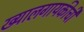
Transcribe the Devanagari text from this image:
ख्यालगायकीची